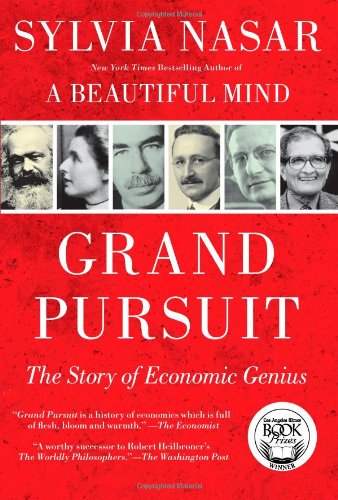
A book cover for Grand Pursuit: The Story of Economic Genius; Sylvia Nasar; Biographies & Memoirs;